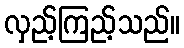
လှည့်ကြည့်သည်။